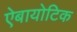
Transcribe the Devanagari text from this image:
ऐबायोटिक